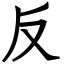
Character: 反